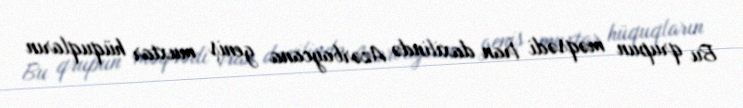
Bu qrupun məqsədi İran daxilində Azərbaycana geniş muxtar hüquqların